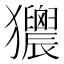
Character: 𤣜